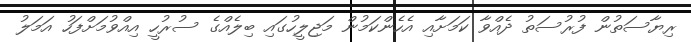
ރިޔާސަތުން ފުރުސަތު ދެއްވާ ކަމަށާއި އެހެންކަމުން މަޖިލީހުގައި ބިލެއްގެ ސުރުހީ އިއްވުމަށްފަހު އަމަލު